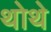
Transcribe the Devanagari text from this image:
थोथे